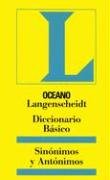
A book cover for Oceano Langenscheidt Diccionario Basico Sinonimos y Antonimos (Spanish Edition); Reference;